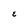
Character: E